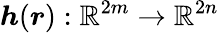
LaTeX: \boldsymbol{h}(\boldsymbol{r}):\mathbb{R}^{2m}\rightarrow\mathbb{R}^{2n}